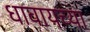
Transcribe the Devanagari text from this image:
धावायच्या